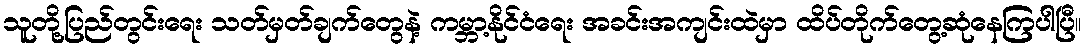
သူတို့ပြည်တွင်းရေး သတ်မှတ်ချက်တွေနဲ့ ကမ္ဘာ့နိုင်ငံရေး အခင်းအကျင်းထဲမှာ ထိပ်တိုက်တွေ့ဆုံနေကြပါပြီ။